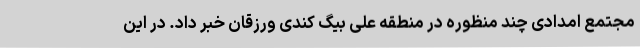
مجتمع امدادی چند منظوره در منطقه علی بیگ کندی ورزقان خبر داد. در این